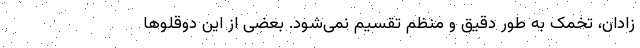
زادان، تخمک به طور دقیق و منظم تقسیم نمی‌شود. بعضی از این دوقلو‌ها